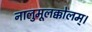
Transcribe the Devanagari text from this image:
नालुमूलक्कोलम्।